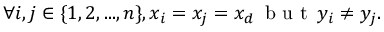
\forall i , j \in \{ 1 , 2 , . . . , n \} , x _ { i } = x _ { j } = x _ { d } \, \mathrm { ~ b ~ u ~ t ~ } \, y _ { i } \neq y _ { j } { \mathrm { . } }